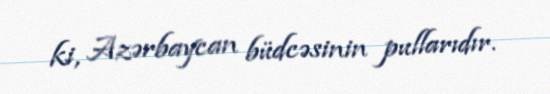
ki, Azərbaycan büdcəsinin pullarıdır.